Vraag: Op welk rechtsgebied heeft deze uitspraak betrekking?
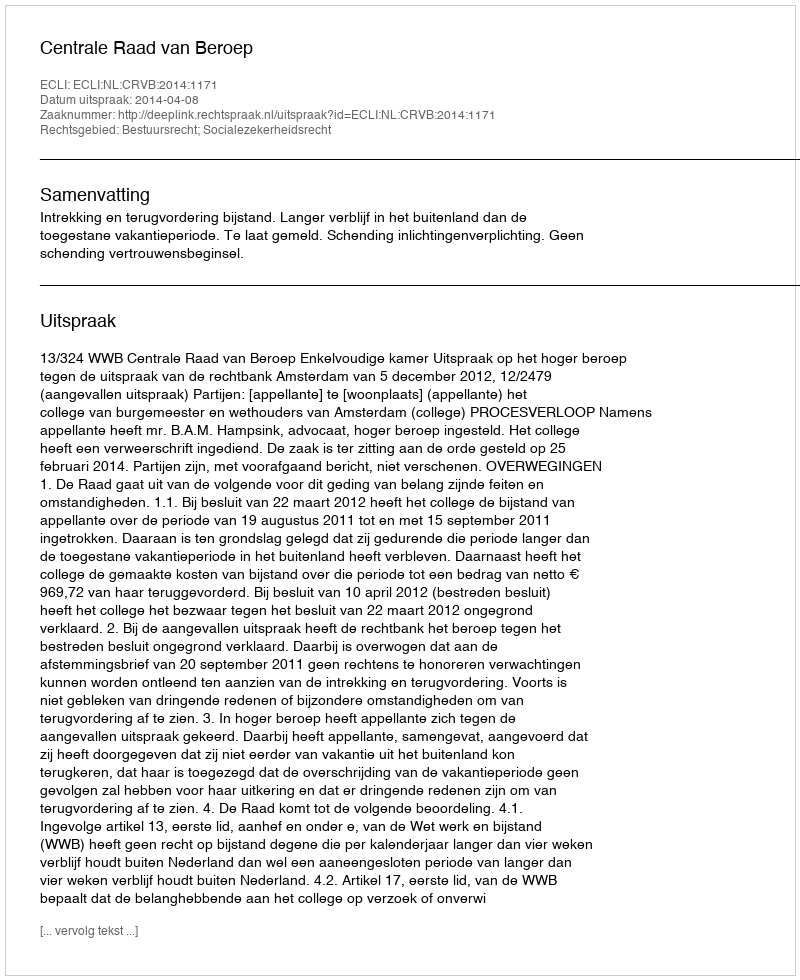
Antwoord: Bestuursrecht; Socialezekerheidsrecht